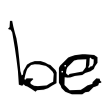
Text: be
Cross-out: clean
Writing tool: digital_black